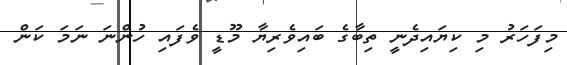
މިފަހަރު މި ކިޔައިދެނީ ތިބާގެ ބައިވެރިޔާ މޫޑީ ވެފައި ހުންނަ ނަމަ ކަން